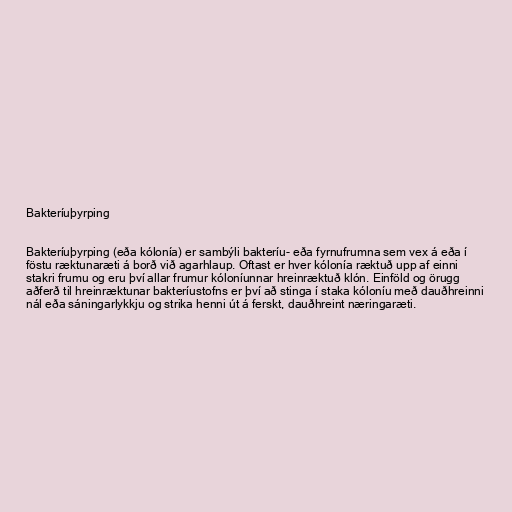
Bakteríuþyrping

Bakteríuþyrping (eða kólonía) er sambýli bakteríu- eða fyrnufrumna sem vex á eða í
föstu ræktunaræti á borð við agarhlaup. Oftast er hver kólonía ræktuð upp af einni
stakri frumu og eru því allar frumur kóloníunnar hreinræktuð klón. Einföld og örugg
aðferð til hreinræktunar bakteríustofns er því að stinga í staka kóloníu með dauðhreinni
nál eða sáningarlykkju og strika henni út á ferskt, dauðhreint næringaræti.